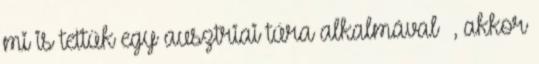
mi is tettük egy ausztriai túra alkalmával –, akkor